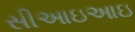
સીઆઇઆઇ